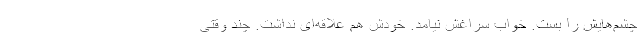
چشم‌هایش را بست. خواب سراغش نیامد. خودش هم علاقه‌ای نداشت. چند وقتی